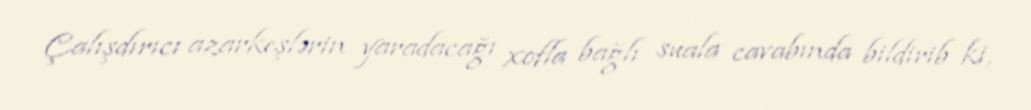
Çalışdırıcı azarkeşlərin yaradacağı xofla bağlı suala cavabında bildirib ki,